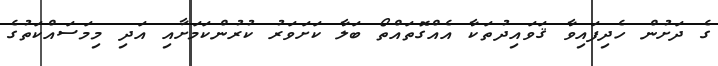
ގެ ދަށުން ހެދިފައިވާ ޤަވައިދުތަކާ އެއްގޮތައްތޯ ބަލާ ކަށަވަރު ކުރުންކަމަށާއި އަދި މިމަސައްކަތުގެ